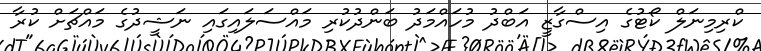
ކްރިމިނަލް ކޯޓުގެ އިސްގާޒީ އަބްދު މުހައްމަދު ބަންދުކުރި މައްސަލައިގައި ނަޝީދުގެ މައްޗަށް ކުރާ